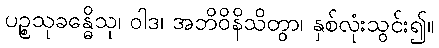
ပဉ္စသုခန္ဓေိသု၊ ဝါဒ၊ အဘိဝိနိသိတွာ၊ နှစ်လုံးသွင်း၍။